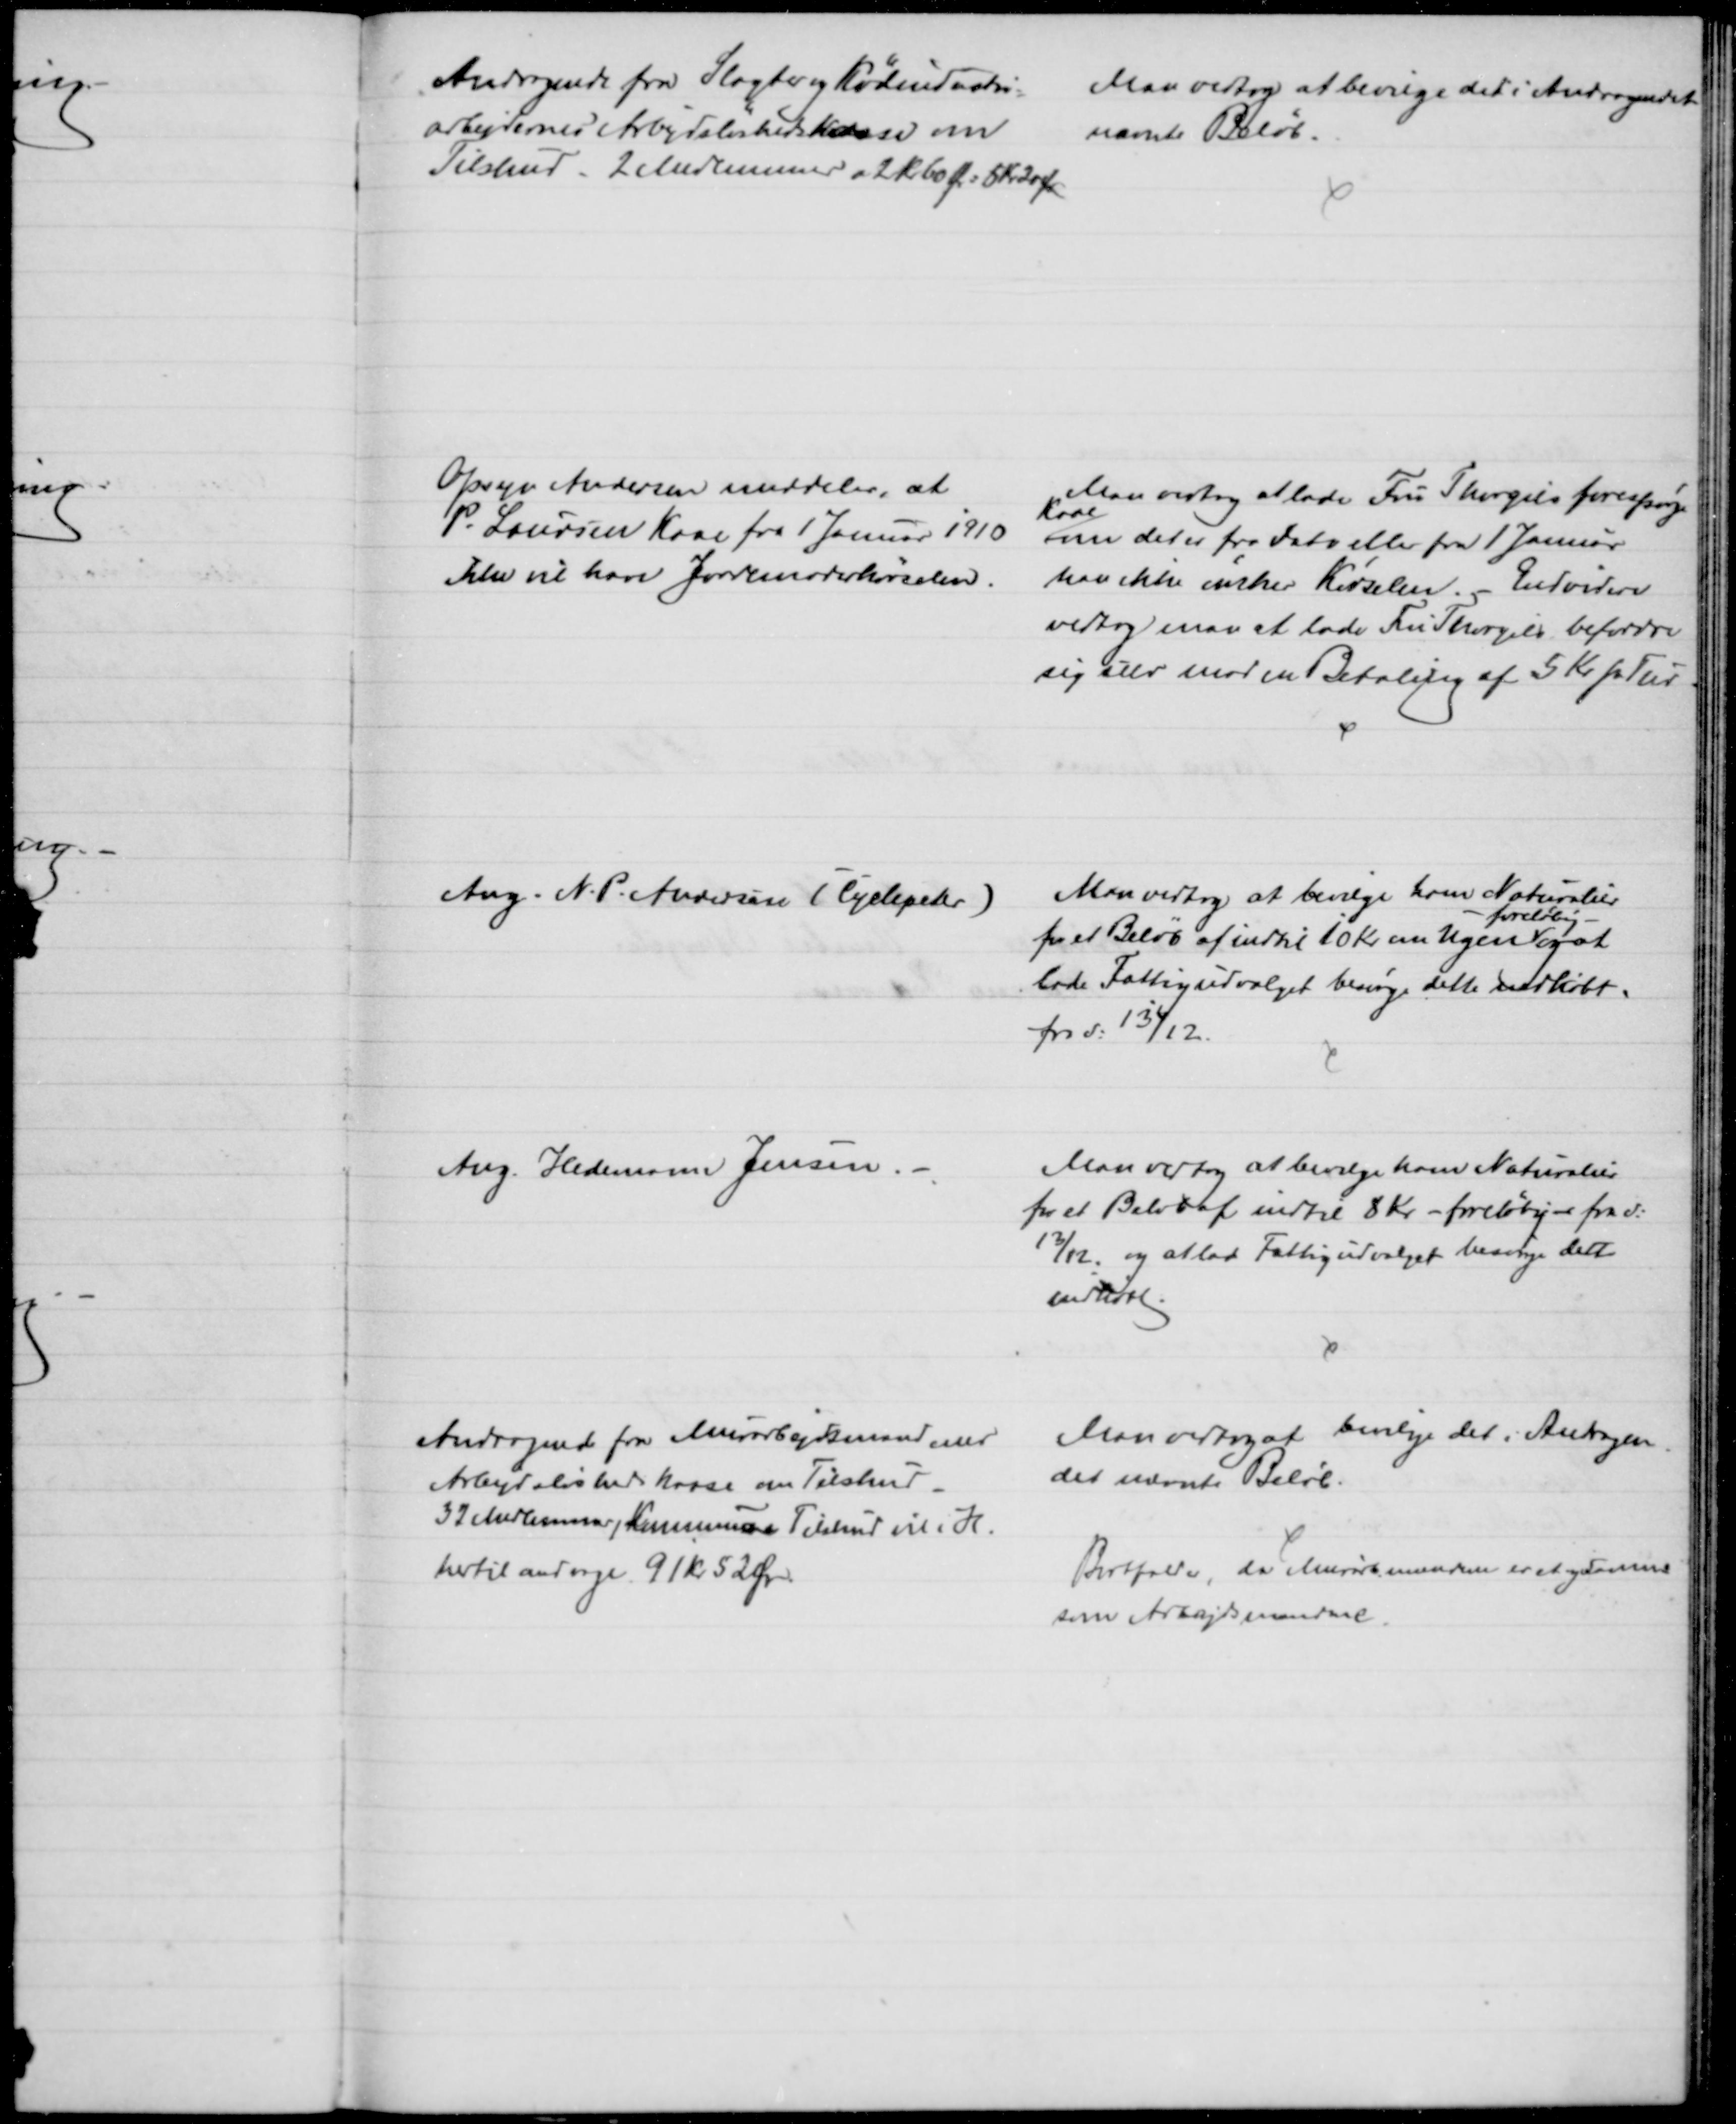
Transskription:
Andragende fra Slagter og Kødindustri-
arbejdernes Arbejdsløshedskasse om
Tilskud. 2 Medlemmer a 2 Kr 60 Ør = 5 Kr 20 Ør
Man vedtog at bevilge det i Andragendet
nævnte Beløb.
Opsyn Andersen meddeler, at
P. Laursen Kaae fra 1 Januar 1910
ikke vil have Jordemoderkørselen.
Man vedtog at lade Fru Thorgils forespørge
Kaae
om det er fra Dato eller fra 1 Januar
han ikke ønsker Kørselen. - Endvidere
vedtog man at lade Fru Thorgils befordre 
sig selv mod en Betaling af 5 Kr pr. Tur
Ang. N. P. Andersen (Cyclepeter)
Man vedtog at bevilge ham Naturalier
for et Beløb af indtil 10 Kr om Ugen 
foreløbig
og at
lade Fattigudvalget besørge dette indkøbt.
fra d: 13/12.
Ang. Hedemann Jensen.
Man vedtog at bevilge ham Naturalier
for et Beløb af indtil 8 Kr. - foreløbig - fra d:
13/12, og at lad Fattigudvalget besørge dette
indkøbt.
Andragende fra Murarbejdsmændenes
Arbejdsløshedskasse om Tilskud
32 Medlemmer, Kommunens Tilskud vil i H.
hertil andrage 91 Kr 52 Ør.
Man vedtog at bevilge det i Andragen-
det nævnte Beløb.
Bortfalder, da Murarb.mændene er et og Samme
som Arbejdsmændene.